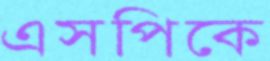
এসপিকে